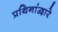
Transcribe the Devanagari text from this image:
प्रथिनांद्वारे